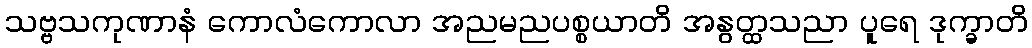
သဗ္ဗသကုဏာနံ ကောလံကောလာ အညမညပစ္စယာတိ အနွတ္ထသညာ ပူရေ ဒုက္ခာတိ